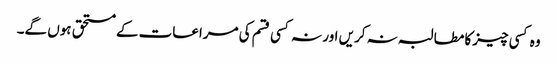
وہ کسی چیزکا مطالبہ نہ کریں اور نہ کسی قسم کی مراعات کے مستحق ہوں گے۔